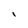
Character: I